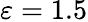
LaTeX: \varepsilon=1.5